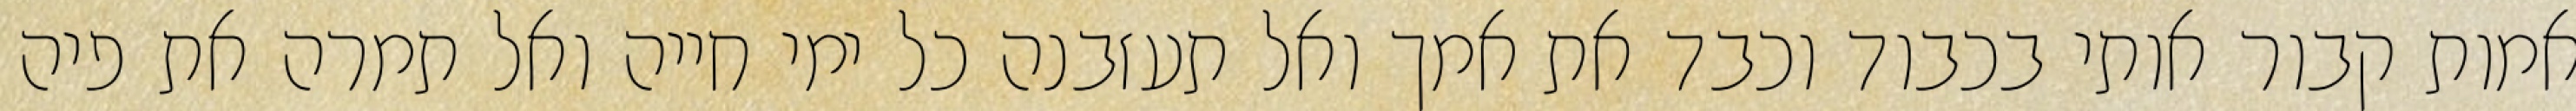
אמות קבור אותי בכבוד וכבד את אמך ואל תעזבנה כל ימי חייה ואל תמרה את פיה